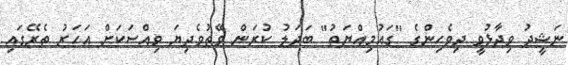
ނަޝީދު ވިދާޅުވީ ދިވެހިންގެ "ގައުމިއްޔަތު" ބަދަލު ކުރަން ވޭތުވެދިޔަ ވިއްސަކަށް އަހަރު ތެރޭގައި